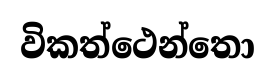
විකත්ථෙන්තො